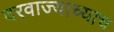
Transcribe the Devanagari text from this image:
दरवाज्याच्याच